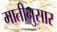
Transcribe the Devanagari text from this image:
मातीनुसार